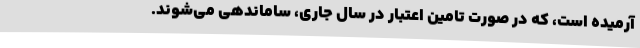
آرمیده است، که در صورت تامین اعتبار در سال جاری، ساماندهی می‌شوند.